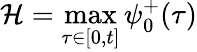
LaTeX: \mathcal{H}=\operatorname*{max}_{\tau\in[0,t]}\psi_{0}^{+}(\tau)